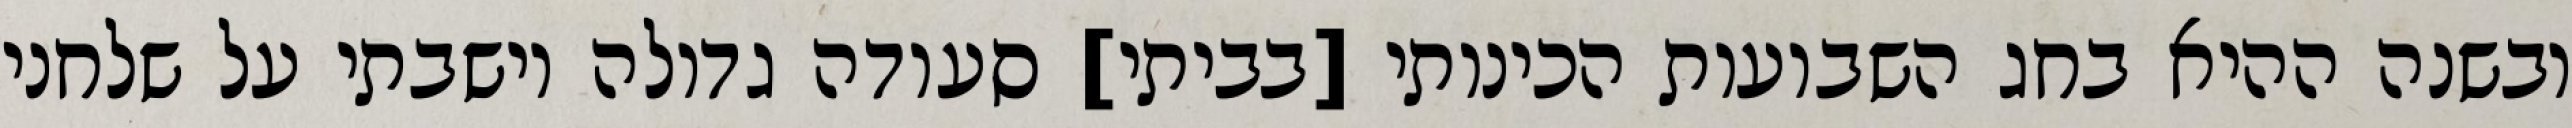
ובשנה ההיא בחג השבועות הכינותי [בביתי] סעודה גדולה וישבתי על שלחני